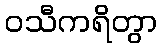
ဝသီကရိတွာ